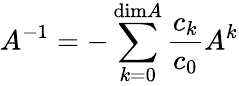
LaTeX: A^{-1}=-\sum_{k=0}^{\mathrm{dim}A}\frac{c_{k}}{c_{0}}A^{k}